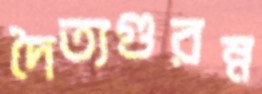
দৈত্যগুরম্ন